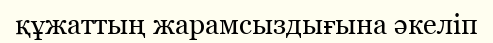
құжаттың жарамсыздығына әкеліп